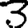
Digit: 3